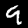
Digit: 9